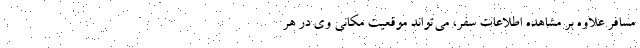
مسافر علاوه بر مشاهده اطلاعات سفر، می‌تواند موقعیت مکانی وی در هر